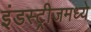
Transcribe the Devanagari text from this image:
इंडस्ट्रीजमध्ये